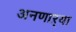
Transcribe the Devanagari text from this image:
अनणाऱ्या